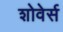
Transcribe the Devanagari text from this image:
शोवेर्स